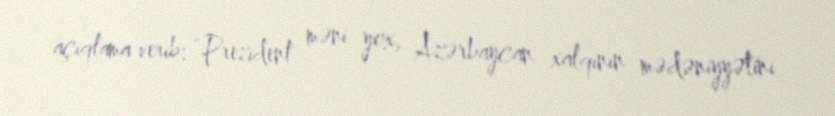
açıqlama verib: “Prezident məni yox, Azərbaycan xalqının mədəniyyətini